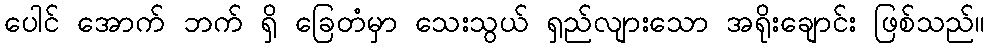
ပေါင် အောက် ဘက် ရှိ ခြေတံမှာ သေးသွယ် ရှည်လျားသော အရိုးချောင်း ဖြစ်သည်။